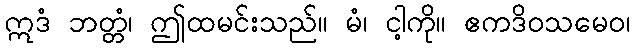
ဣဒံ ဘတ္တံ၊ ဤထမင်းသည်။ မံ၊ ငါ့ကို။ ဧကဒိဝသမေဝ၊